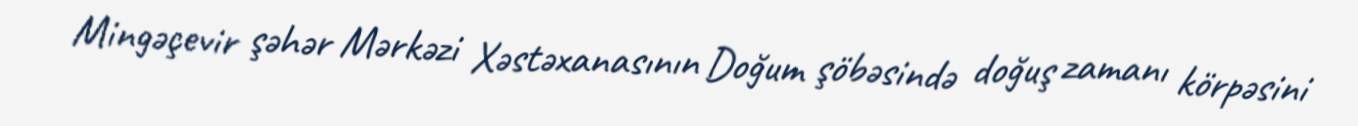
Mingəçevir şəhər Mərkəzi Xəstəxanasının Doğum şöbəsində doğuş zamanı körpəsini